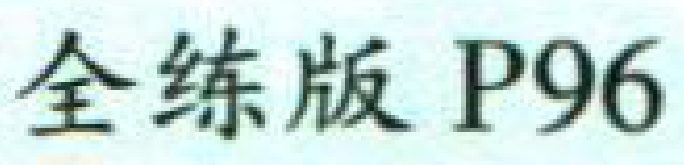
全练版 P96